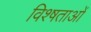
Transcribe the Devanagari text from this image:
विश्षताओं